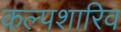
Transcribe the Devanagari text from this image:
कल्पशारिव